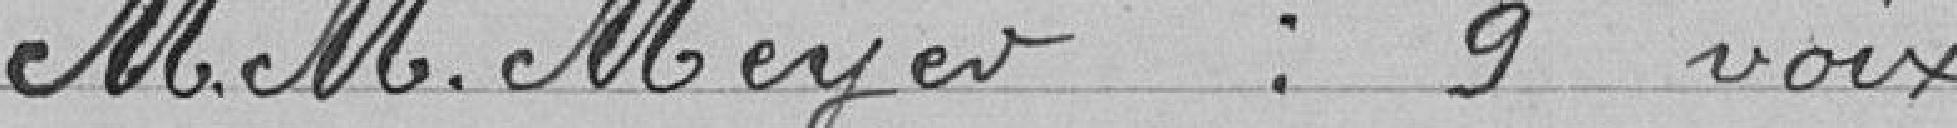
Messieurs MEYER : 9 voix